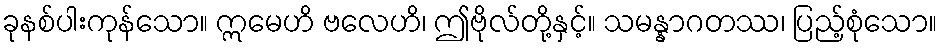
ခုနစ်ပါးကုန်သော။ ဣမေဟိ ဗလေဟိ၊ ဤဗိုလ်တို့နှင့်။ သမန္နာဂတဿ၊ ပြည့်စုံသော။